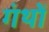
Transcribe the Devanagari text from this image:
गंथों